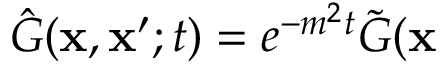
\hat { G } ( \mathbf { x } , \mathbf { x } ^ { \prime } ; t ) = e ^ { - m ^ { 2 } t } \tilde { G } ( \mathbf { x }